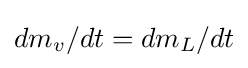
dm_{v}/dt=dm_{L}/dt